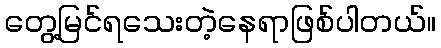
တွေ့မြင်ရသေးတဲ့နေရာဖြစ်ပါတယ်။